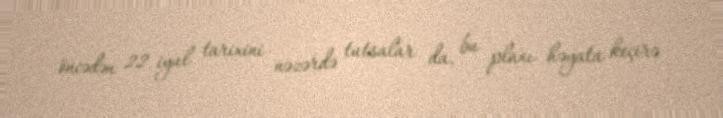
öncədən 22 iyul tarixini nəzərdə tutsalar da, bu planı həyata keçirə